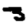
Digit: 3